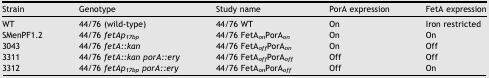
<table><thead><tr><td><b>Strain</b></td><td><b>Genotype</b></td><td><b>Study name</b></td><td><b>PorA expression</b></td><td><b>FetA expression</b></td></tr></thead><tbody><tr><td>WT</td><td>44/76 (wild-type)</td><td>44/76 WT</td><td>On</td><td>Iron restricted</td></tr><tr><td>SMenPF1.2</td><td>44/76 <i>fetAp</i><sub><i>17bp</i></sub></td><td>44/76 FetA<sub><i>on</i></sub>PorA<sub><i>on</i></sub></td><td>On</td><td>On</td></tr><tr><td>3043</td><td>44/76 <i>fetA::kan</i></td><td>44/76 FetA<sub><i>off</i></sub>PorA<sub><i>on</i></sub></td><td>On</td><td>Off</td></tr><tr><td>3311</td><td>44/76 <i>fetA::kan porA::ery</i></td><td>44/76 FetA<sub><i>off</i></sub>PorA<sub><i>off</i></sub></td><td>Off</td><td>Off</td></tr><tr><td>3312</td><td>44/76 <i>fetAp</i><sub><i>17bp</i></sub><i>porA::ery</i></td><td>44/76 FetA<sub><i>on</i></sub>PorA<sub><i>off</i></sub></td><td>Off</td><td>On</td></tr></tbody></table>